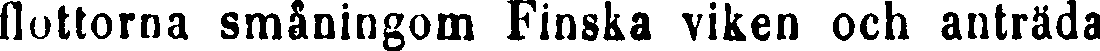
flottorna småningom Finska viken och anträda